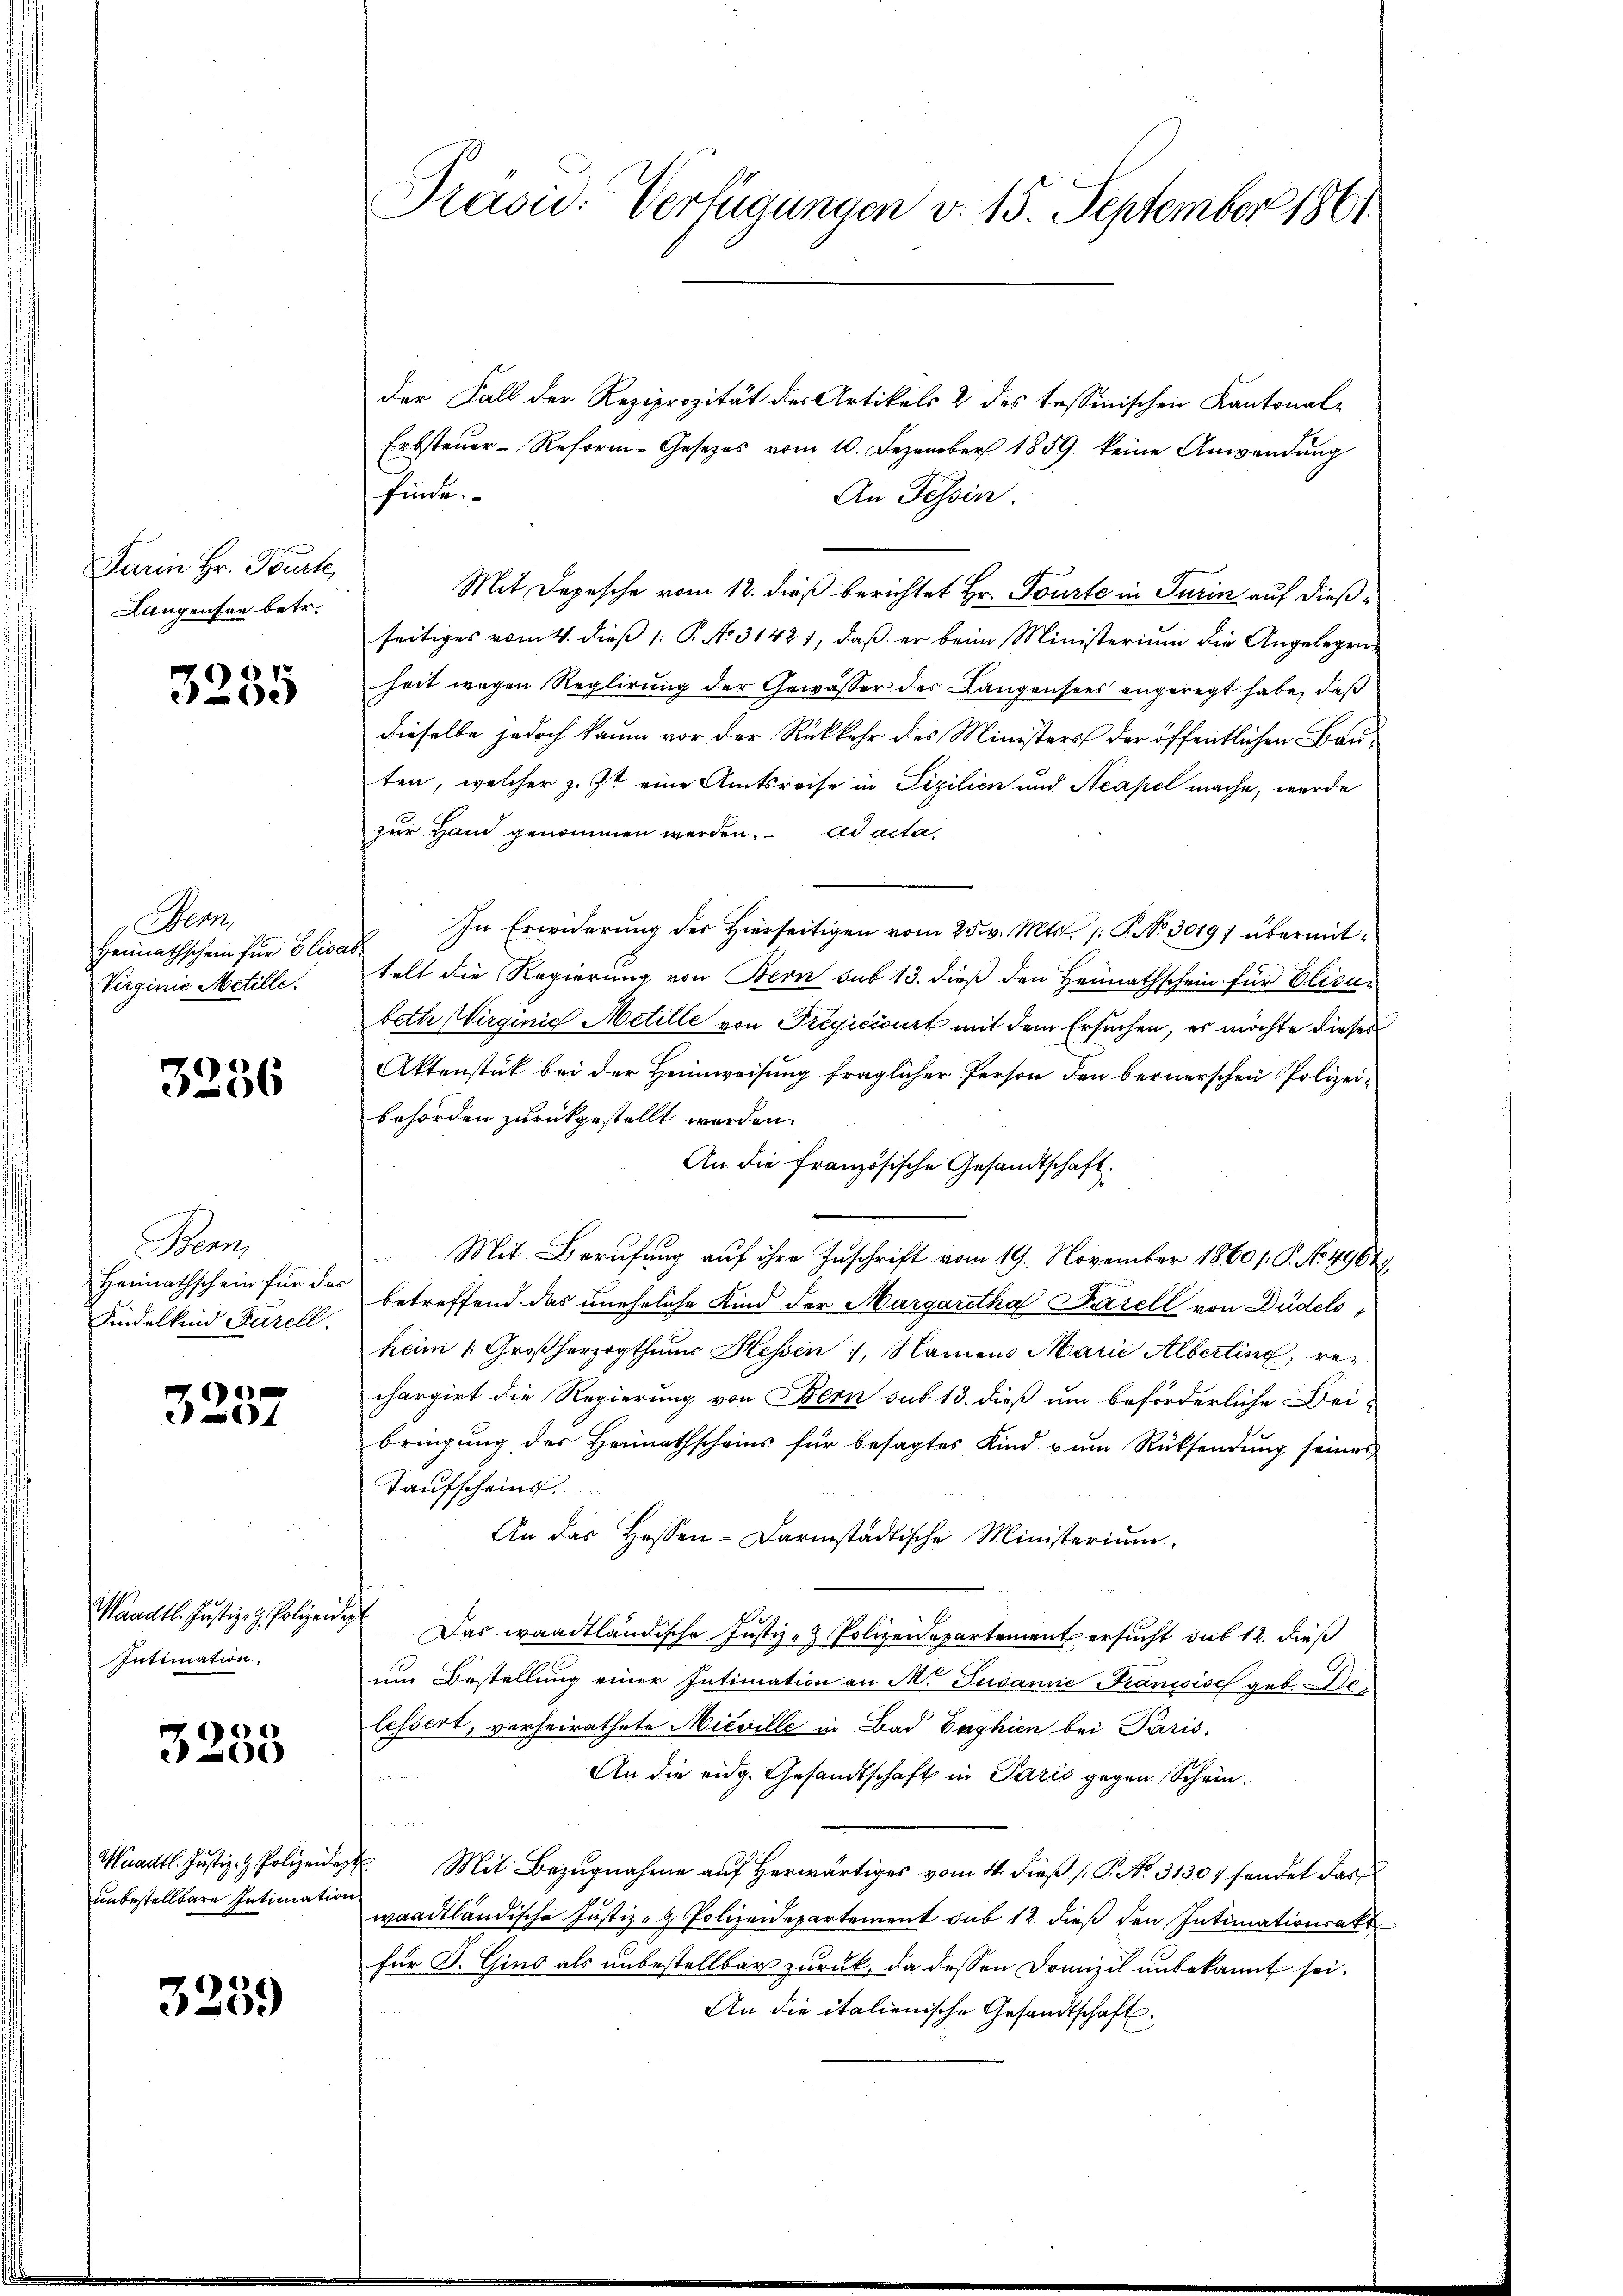
ei Hr. Fruch
Langensre betr.

7
e

Bern
Heimathschein für Elisa
Virginie Metille.

3256

Braun
Heimathschein für das
Kindelkind Farell.

e
4

Waadt. Justiz- & Polizeide
Intimation.

)
0

Waadt. Justiz- & Polizeidep
unbestellbare Intimation

3259

Prasw. Verfügungen v. 15. September 1861

der Fall der Reziprozität des Artikels 2 des tessinischen Kantonal-
Erbsteŭer-Reform-Gesetzes vom 10. Dezember 1859 keine Anwendung
finde.
An Tessin.
Mit Depesche vom 12. dieß berichtet Hr. Tourte in Turin auf dießseitiges vom 4. dieβ 1: P. No 31421, daβ er beim Ministerium die Angelegenheit wegen Reglirung der Gewässer des Langensees angeregt habe, daß
dieselbe jedoch kaum vor der Rückkehr des Ministers der öffentlichen Bauten, welcher z. Zt. eine Amtsreise in Pizilien und Neapel mache, werde
zur Hand genommen werden. ad acta,
In Erwiderung der Hierseitigen vom 25. v. Mts. 1. P. No 30197 übermittelt die Regierung von Bern sub 13. dieß den Heimathschein für Elisabeth Wirginie Metille von Fregićivurt mit dem Ersuchen, es möchte dieses
Aktenstük bei der Heimweisung fraglicher Person den bernerschen Polizeibehörden zurückgestellt werden.
An die französische Gesandtschaft.
Mit Berufung auf ihre Zuschrift vom 19. November 1860 /. P. Nr. 49649.
betreffend das uneheliche Kind der Margaretha Fazell von Düdels
heim Großherzogthums Hessen, Namens Marie Albertine, re-
chargirt die Regierung von Bern sub 13. dieß um beförderliche Bei-
bringung des Heimathscheins für besagtes Kind zum Rücksendung seines
Taufscheins
An das Hosen-Darmstädtische Ministerium
f
Das waadtländische Justiz- & Polizeidepartement ersucht das 12. dieß
um Bestellung einer Intimation an M. Susanne Kandisch geb. Be
lessert, verheirathete Nieville in Bad Gaghien bei Paris,
An die eidg. Gesandtschaft in Paris gegen Schein¬
Freund

 Mit Bezugnahme auf herwärtiges vom 4. dieß P. No. 3130/ sendet das
waadtländische Justiz- & Polizeidepartement sub 12. dieß den Intimationsakt
für J. Gins als unbestellbar zurück, da dessen Dranzil unbekannt sei.
An die italienische Gesandtschaft.